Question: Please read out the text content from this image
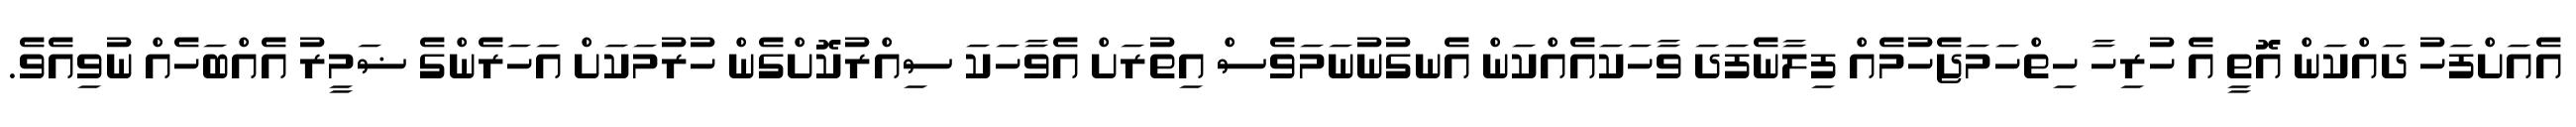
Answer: އެއަށްފަހު ދައްކަން އޮތީ އެ ހުރިހާ ހިތްހަމަޖެހުމެއް ފިލާނެފަދަ ވާހަކައެއްކަން އެނގުނުނަމަވެސް އިތުރަށް އެވާހަކަ ސިއްރުކޮށްގެން ހުރުމަކަށް އަހަރެންގެ ޟަމީރު އެއްބަހެއް ނުވިއެވެ.